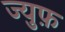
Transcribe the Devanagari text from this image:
ज्युफ़